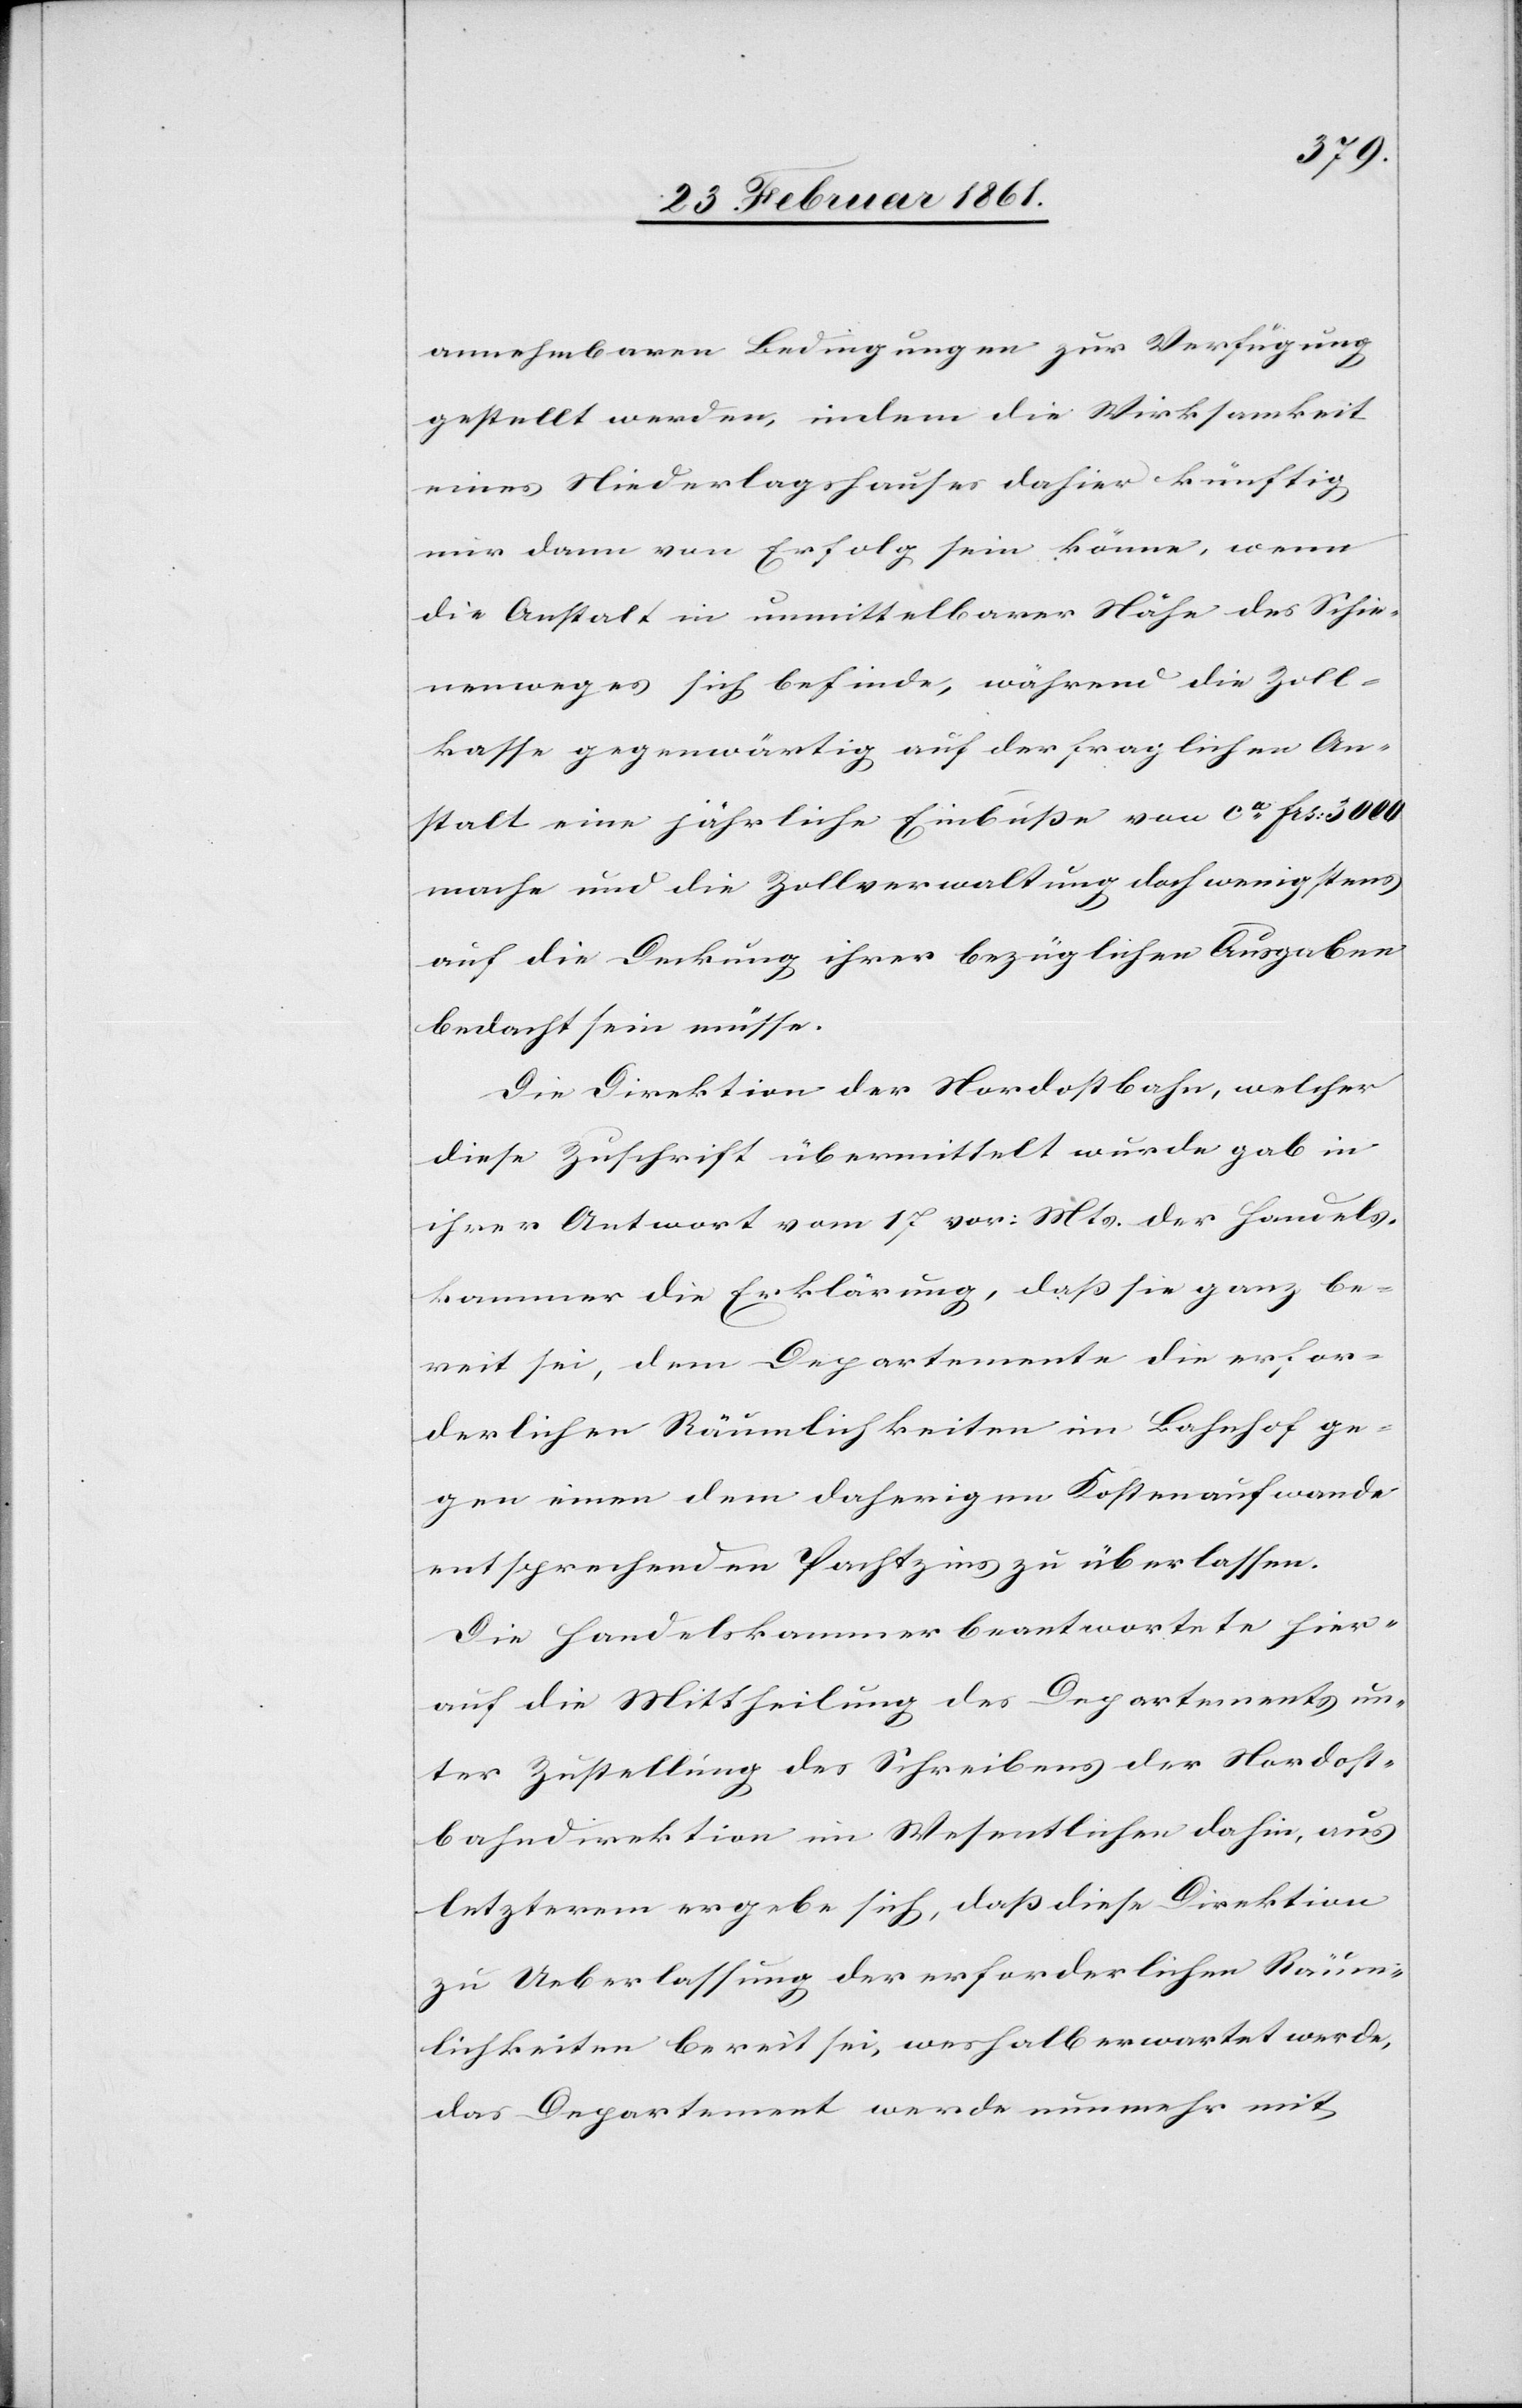
annehmbaren Bedingungen zur Verfügung
gestellt werden, indem die Wirksamkeit
eines Niederlagshauses dahier künftig
nur dann von Erfolg sein könne, wenn
die Anstalt in unmittelbarer Nähe des Schie¬
nenweges sich befinde, während die Zoll¬
kasse gegenwärtig auf der fraglichen An¬
stalt eine jährliche Einbusse von ca fcs: 3000
mache und die Zollverwaltung doch wenigstens
auf die Deckung ihrer bezüglichen Ausgaben
bedacht sein müsse.
Die Direktion der Nordostbahn, welcher
diese Zuschrift übermittelt wurde gab in
ihrer Antwort vom 17. vor. Mts. der Handels¬
kammer die Erklärung, dass sie ganz be¬
reit sei, dem Departemente die erfor¬
derlichen Räumlichkeiten im Bahnhof ge¬
gen einen dem daherigen Kostenaufwande
entsprechenden Pachtzins zu überlassen.
Die Handelskammer beantwortete hier¬
auf die Mittheilung des Departements un¬
ter Zustellung des Schreibens der Nordost¬
bahndirektion im Wesentlichen dahin, aus
letzterem ergebe sich, dass diese Direktion
zu Ueberlassung der erforderlichen Räum¬
lichkeiten bereit sei, weshalb erwartet werde,
das Departement werde nunmehr mit